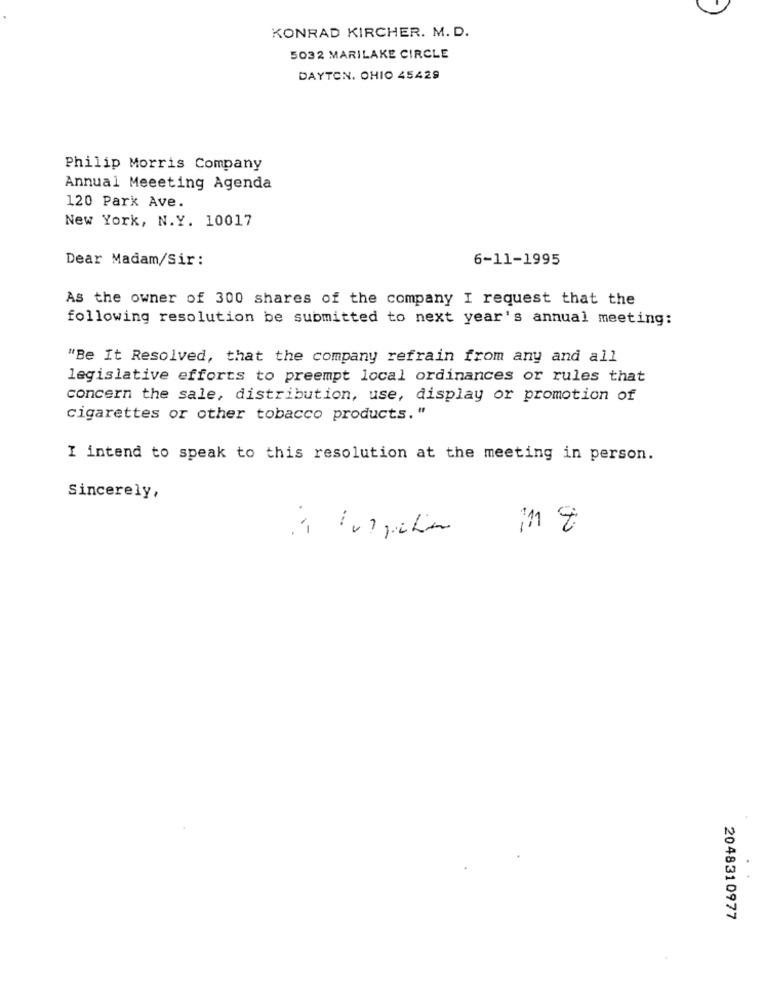
KONRAD KIRCHER. M. D.
5032 MARILAKE CIRCLE
DAYTON, OHIO 45429
Philip Morris Company
Annual Meeeting Agenda
120 Park Ave.
New York, N.Y. 10017
Dear Madam/Sir:
6-11-1995
As the owner of 300 shares of the company I request that the
following resolution be submitted to next year's annual meeting:
"Be It Resolved, that the company refrain from any and all
legislative efforts to preempt local ordinances or rules that
concern the sale, distribution, use, display or promotion of
cigarettes or other tobacco products."
I intend to speak to this resolution at the meeting in person.
Sincerely,
..
in t
2048310977